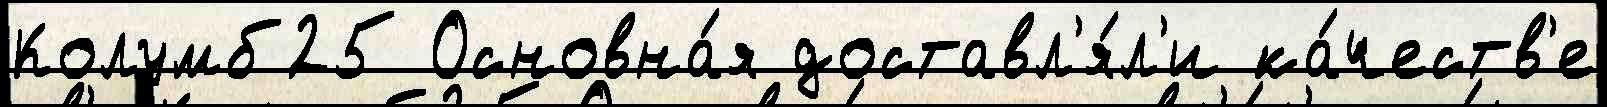
Колумб25 Основна́я доставл'я́л'и ка́честв'е